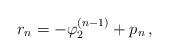
\begin{align*}r_n=-\varphi_2^{(n-1)}+ p_n\,,\end{align*}